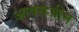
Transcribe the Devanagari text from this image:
आक्सजीन